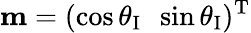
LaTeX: {\mathbf m}=(\cos\theta_{\textup I}\, \, \, \sin\theta_{\textup I})^{\textup T}